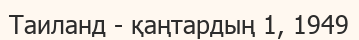
Таиланд - қаңтардың 1, 1949